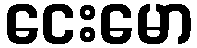
ငေးမော